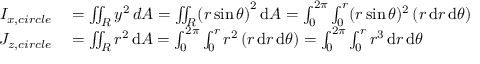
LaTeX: \begin{array} { r l } { I _ { x , c i r c l e } } & { { } = \iint _ { R } y ^ { 2 } \, d A = \iint _ { R } ( r \sin { \theta ) } ^ { 2 } \, \mathrm { d } A = \int _ { 0 } ^ { 2 \pi } \int _ { 0 } ^ { r } ( r \sin { \theta } ) ^ { 2 } \left( r \, \mathrm { d } r \, \mathrm { d } \theta \right) } \\ { J _ { z , c i r c l e } } & { { } = \iint _ { R } r ^ { 2 } \, \mathrm { d } A = \int _ { 0 } ^ { 2 \pi } \int _ { 0 } ^ { r } r ^ { 2 } \left( r \, \mathrm { d } r \, \mathrm { d } \theta \right) = \int _ { 0 } ^ { 2 \pi } \int _ { 0 } ^ { r } r ^ { 3 } \, \mathrm { d } r \, \mathrm { d } \theta } \end{array}